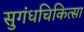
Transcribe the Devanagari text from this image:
सुगंधचिकित्सा